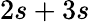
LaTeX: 2s+3s